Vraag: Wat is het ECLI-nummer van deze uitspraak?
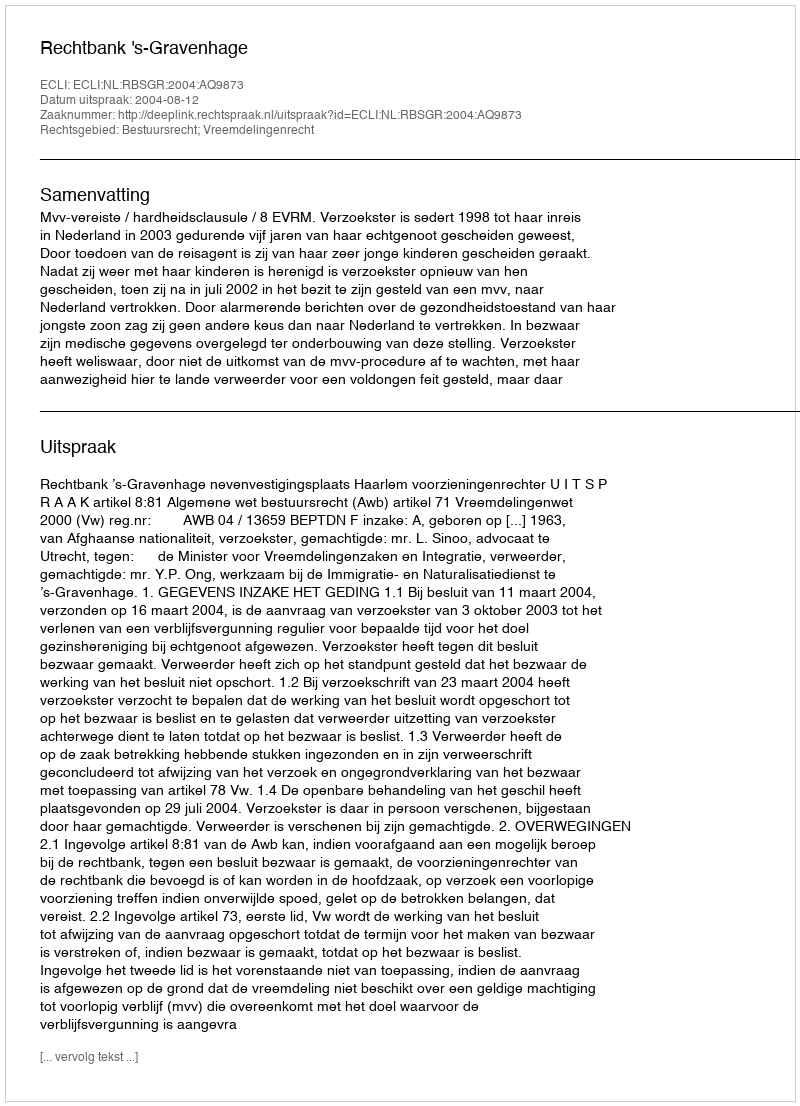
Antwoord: ECLI:NL:RBSGR:2004:AQ9873